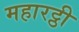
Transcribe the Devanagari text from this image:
महारट्ठी